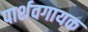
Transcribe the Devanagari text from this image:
पार्शवगायक